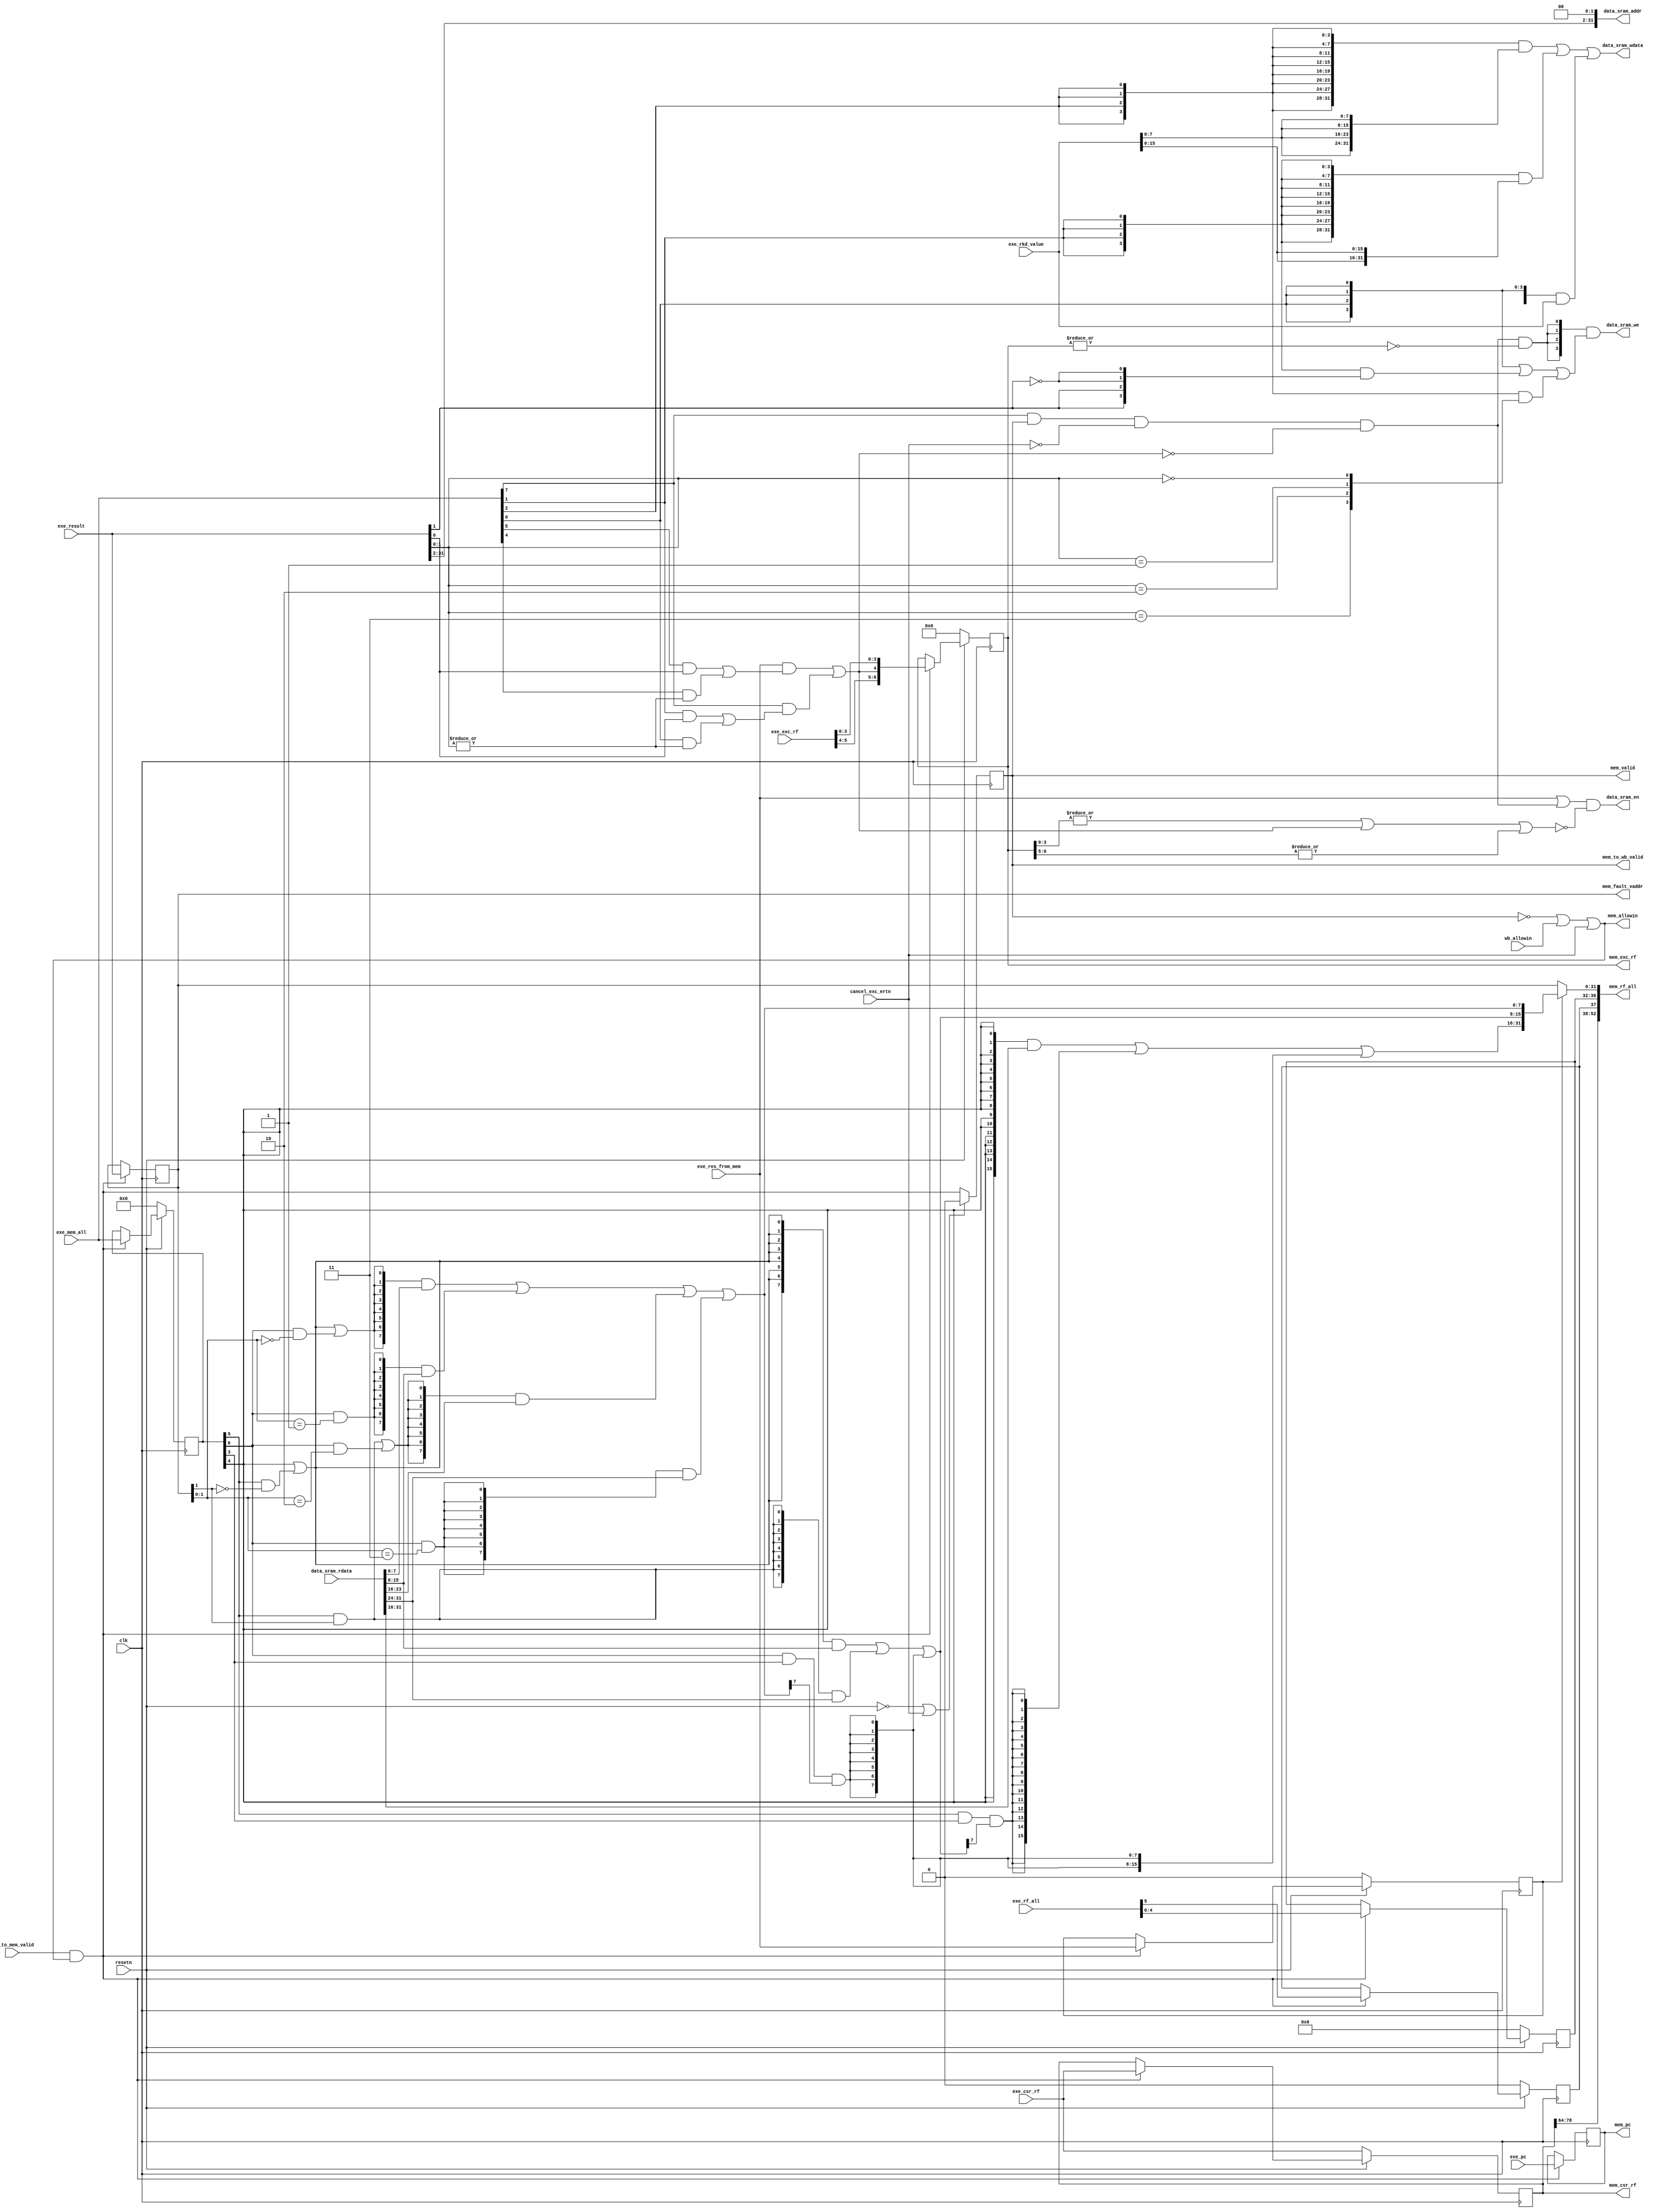
module MEMstate(
    input              clk,
    input              resetn,
    output reg         mem_valid,
    // exestate -> memstate
    output             mem_allowin,
    input       [5 :0] exe_rf_all, // {exe_rf_we, exe_rf_waddr}
    input              exe_to_mem_valid,
    input       [31:0] exe_pc,    
    input       [31:0] exe_result, 
    input              exe_res_from_mem, 
    input       [7 :0] exe_mem_all,
    //{mem_we, ld_b, ld_h, ld_w, ld_se, st_b, st_h, st_w}
    input       [31:0] exe_rkd_value,
    // memstate -> wbstate
    input              wb_allowin,
    output      [52:0] mem_rf_all, // {mem_rf_we, mem_rf_waddr, mem_rf_wdata}
    output             mem_to_wb_valid,
    output reg  [31:0] mem_pc,
    // data sram
    output             data_sram_en,
    output      [ 3:0] data_sram_we,
    output      [31:0] data_sram_addr,
    output      [31:0] data_sram_wdata,
    input       [31:0] data_sram_rdata,
    input              cancel_exc_ertn,//canceled by exception or ereturn
    input       [78:0] exe_csr_rf,//{ertn,csr_rd,csr_wr,mem_csr_wr_num,csr_rd_value,csr_mask,csr_wvalue}
    input       [5 :0] exe_exc_rf,//{INT,ADEF,BRK,INE,SYS,ertn}
    output      [6 :0] mem_exc_rf,//{INT,ADEF,ALE,BRK,INE,SYS,ertn}
    output reg  [78:0] mem_csr_rf,//{ertn,csr_rd,csr_wr,mem_csr_wr_num,csr_rd_value,csr_mask,csr_wvalue}
    output      [31:0] mem_fault_vaddr
);


    wire        mem_ready_go;
    wire [31:0] mem_result;
    // reg         mem_valid;
    reg  [7 :0] mem_all;
    reg  [31:0] rkd_value;
    wire [31:0] mem_rf_wdata;
    reg         mem_rf_we;
    reg  [4 :0] mem_rf_waddr;
    reg  [31:0] alu_result;
    reg         mem_res_from_mem;
    wire        mem_we, ld_b, ld_h, ld_w, ld_se, st_b, st_h, st_w;
    wire [3 :0] strb;
    wire [13:0] mem_csr_wr_num;
    wire        mem_csr_wr;
    wire        mem_ale;
    reg  [6 :0] mem_exc_rf_reg;

    // valid signals
    assign mem_ready_go     = 1'b1;
    assign mem_allowin      = ~mem_valid | mem_ready_go & wb_allowin | cancel_exc_ertn;     
    assign mem_to_wb_valid  = mem_valid & mem_ready_go;
    assign mem_rf_wdata     = mem_res_from_mem ? mem_result : alu_result;
    assign mem_rf_all       = {mem_csr_wr,mem_csr_wr_num,mem_rf_we, mem_rf_waddr, mem_rf_wdata};
    always @(posedge clk) begin
        if(~resetn | cancel_exc_ertn)
            mem_valid <= 1'b0;
        else
            mem_valid <= exe_to_mem_valid & mem_allowin; 
    end

    // exestate <-> memstate
    always @(posedge clk) begin
        if(exe_to_mem_valid & mem_allowin)
            mem_pc <= exe_pc;
    end
    always @(posedge clk) begin
        if(exe_to_mem_valid & mem_allowin)
            alu_result <= exe_result;
    end
    always @(posedge clk) begin
        if(~resetn)
            {mem_rf_we, mem_rf_waddr} <= 6'd0;
        else if(exe_to_mem_valid & mem_allowin)
            {mem_rf_we, mem_rf_waddr} <= exe_rf_all;
    end
    always @(posedge clk) begin
        if(~resetn)
            {mem_res_from_mem, mem_all, rkd_value} <= 0;
        else if(exe_to_mem_valid & mem_allowin)
            {mem_res_from_mem, mem_all, rkd_value} <= {exe_res_from_mem, exe_mem_all, exe_rkd_value};
    end

    always @(posedge clk) begin
        if(~resetn)
            mem_exc_rf_reg <= 2'b0;
        else if(exe_to_mem_valid & mem_allowin)
            mem_exc_rf_reg <= {exe_exc_rf[5:4],mem_ale,exe_exc_rf[3:0]};
    end

    always @(posedge clk ) begin
        if(~resetn)
            mem_csr_rf <= exe_csr_rf;
        else if(exe_to_mem_valid & mem_allowin)
            mem_csr_rf <= exe_csr_rf;
    end

    assign mem_result[7:0] = {8{ld_w | ld_h & ~alu_result[1] | ld_b & alu_result[1:0] == 2'b00}} & data_sram_rdata[7:0]
                               | {8{ld_b & alu_result[1:0] == 2'b01}} & data_sram_rdata[15:8]
                               | {8{ld_h & alu_result[1] | ld_b & alu_result[1:0] == 2'b10}} & data_sram_rdata[23:16]
                               | {8{ld_b & alu_result[1:0] == 2'b11}} & data_sram_rdata[31:24];
    assign mem_result[15:8] = {8{ld_w | ld_h & ~alu_result[1]}} & data_sram_rdata[15:8]
                                | {8{ld_h & alu_result[1]}} & data_sram_rdata[31:24]
                                | {8{ld_b & ld_se & mem_result[7]}};
    assign mem_result[31:16] = {16{ld_w}} & data_sram_rdata[31:16]
                                 | {16{ld_h & ld_se & mem_result[15]}}
                                 | {16{ld_b & ld_se & mem_result[7]}};
    assign {ld_b, ld_h, ld_w, ld_se} = mem_all[6:3];
    assign mem_we                    = exe_mem_all[7] & mem_valid & ~cancel_exc_ertn & ~mem_ale;
    assign {st_b, st_h, st_w}        = exe_mem_all[2:0];
    assign strb = {4{st_w}} | {4{st_h}} & {exe_result[1],exe_result[1],~exe_result[1],~exe_result[1]}
                  | {4{st_b}} & {exe_result[1:0]==2'b11,exe_result[1:0]==2'b10,
                                 exe_result[1:0]==2'b01,exe_result[1:0]==2'b00};
    /* sram instantiation */
    assign data_sram_en    = (exe_res_from_mem | mem_we) & ~((|mem_exc_rf_reg[3:0]) | mem_ale | (|mem_exc_rf_reg[6:5]));
    assign data_sram_we    = {4{mem_we & ~(|mem_exc_rf_reg)}} & strb ;
    assign data_sram_addr  = {exe_result[31:2],2'b0};
    assign data_sram_wdata = {32{st_b}} & {4{exe_rkd_value[7:0]}}
                             | {32{st_h}} & {2{exe_rkd_value[15:0]}}
                             | {32{st_w}} & exe_rkd_value;
    assign mem_csr_wr_num = mem_csr_rf[77:64];
    assign mem_csr_wr = mem_csr_rf[78];
    assign mem_exc_rf = mem_exc_rf_reg;
    assign mem_ale   = exe_res_from_mem & (exe_mem_all[5] & exe_result[0] | exe_mem_all[4] & (|exe_result[1:0])) 
                       | (exe_mem_all[7]) & (st_h & exe_result[0] | st_w & (|exe_result[1:0]));
    // assign mem_ale = 2'b0;
    assign mem_fault_vaddr = alu_result;
endmodule